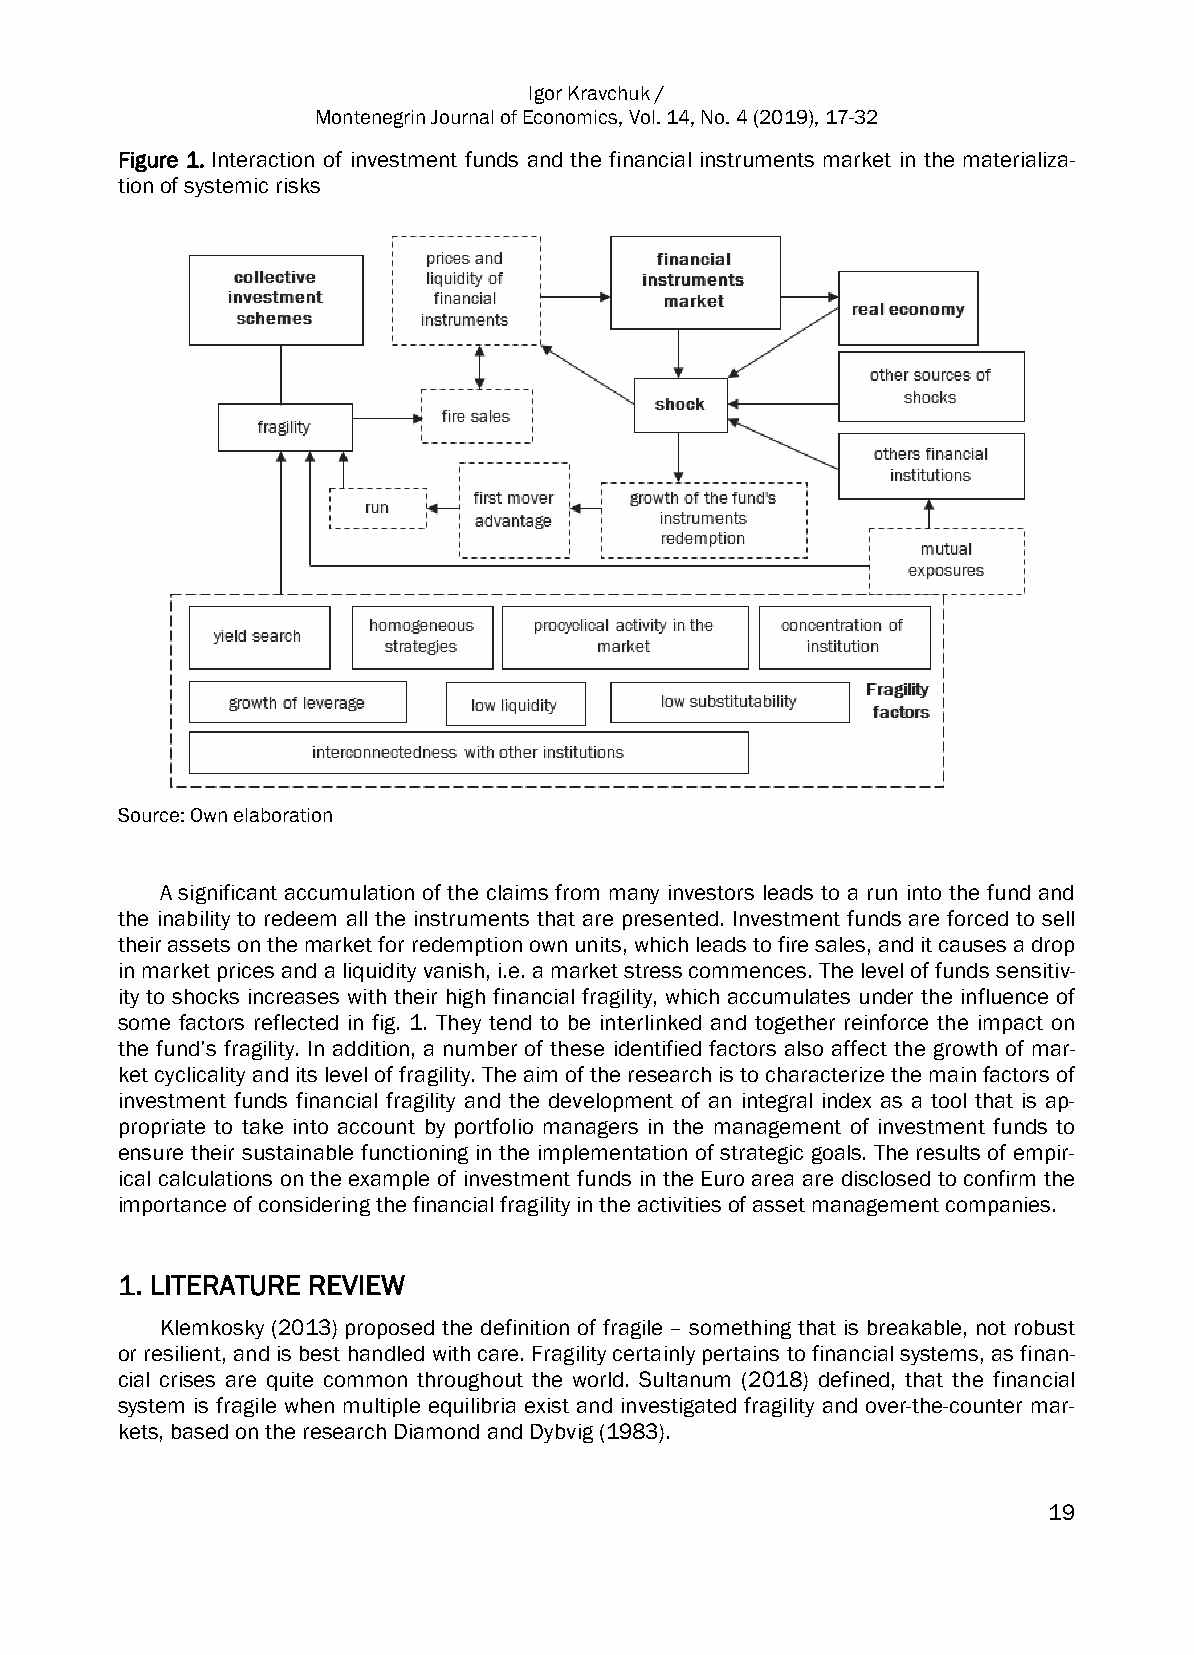
Igor Kravchuk /
 Montenegrin Journal of Economics, Vol. 14, No. 4 (2019), 17-32
 Figure 1. Interaction of investment funds and the financial instruments market in the materializa-
 tion of systemic risks
 Source: Own elaboration
 A significant accumulation of the claims from many investors leads to a run into the fund and
 the inability to redeem all the instruments that are presented. Investment funds are forced to sell
 their assets on the market for redemption own units, which leads to fire sales, and it causes a drop
 in market prices and a liquidity vanish, i.e. a market stress commences. The level of funds sensitiv-
 ity to shocks increases with their high financial fragility, which accumulates under the influence of
 some factors reflected in fig. 1. They tend to be interlinked and together reinforce the impact on
 the fund’s fragility. In addition, a number of these identified factors also affect the growth of mar-
 ket cyclicality and its level of fragility. The aim of the research is to characterize the main factors of
 investment funds financial fragility and the development of an integral index as a tool that is ap-
 propriate to take into account by portfolio managers in the management of investment funds to
 ensure their sustainable functioning in the implementation of strategic goals. The results of empir-
 ical calculations on the example of investment funds in the Euro area are disclosed to confirm the
 importance of considering the financial fragility in the activities of asset management companies.
 1. LITERATURE REVIEW
 Klemkosky (2013) proposed the definition of fragile – something that is breakable, not robust
 or resilient, and is best handled with care. Fragility certainly pertains to financial systems, as finan-
 cial crises are quite common throughout the world. Sultanum (2018) defined, that the financial
 system is fragile when multiple equilibria exist and investigated fragility and over-the-counter mar-
 kets, based on the research Diamond and Dybvig (1983).
 19